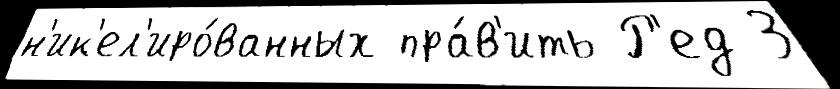
н'ик'ел'иро́ванных пра́в'ить Р'ед 3